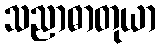
သညာဓာတုယာ